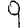
Digit: 9